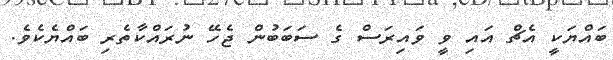
ބައްޔަކީ އެޗް އައި ވީ ވައިރަސް ގެ ސަބަބުން ޖެހޭ ނުރައްކާތެރި ބައްޔެކެވެ.